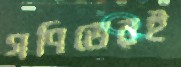
গণিতেরই